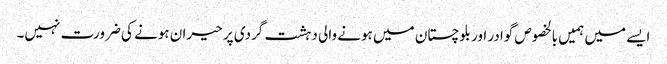
ایسے میں ہمیں بالخصوص گوادر اور بلوچستان میں ہونے والی دہشت گردی پر حیران ہونے کی ضرورت نہیں۔